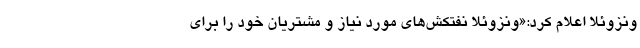
ونزوئلا اعلام کرد:«ونزوئلا نفتکش‌های مورد نیاز و مشتریان خود را برای